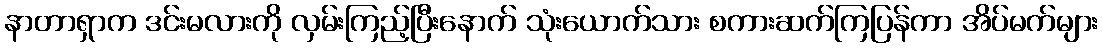
နာတာရှာက ဒင်းမလားကို လှမ်းကြည့်ပြီးနောက် သုံးယောက်သား စကားဆက်ကြပြန်ကာ အိပ်မက်များ